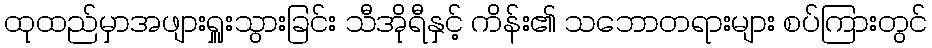
ထုထည်မှာအဖျားရှူးသွားခြင်း သီအိုရီနှင့် ကိန်း၏ သဘောတရားများ စပ်ကြားတွင်